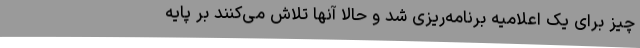
چیز برای یک اعلامیه برنامه‌ریزی شد و حالا آنها تلاش می‌کنند بر پایه